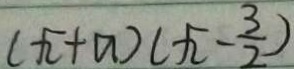
( \sqrt { 2 } + a ) ( \sqrt { 2 } - \frac { 3 } { 2 } )